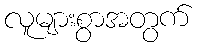
လူများစွာအတွက်